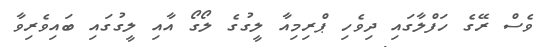
ވެސް ރޭގެ ހަފްލާގައި ދިވެހި ޕްރިމިއާ ލީގުގެ ލޯގޯ އާއި ލީގުގައި ބައިވެރިވާ